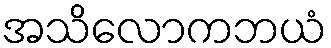
အသိလောကဘယံ